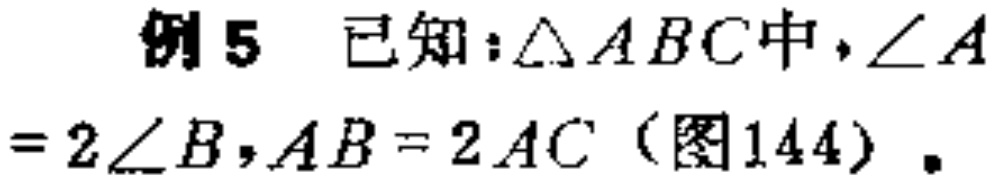
例5 已知：\(\triangle ABC\)中，\(\angle A = 2\angle B\)，\(AB = 2AC\)（图144）.